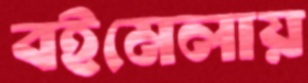
বইমেলায়